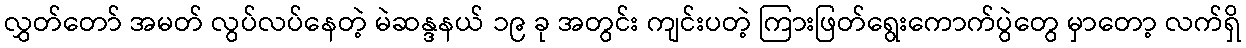
လွှတ်တော် အမတ် လွပ်လပ်နေတဲ့ မဲဆန္ဒနယ် ၁၉ ခု အတွင်း ကျင်းပတဲ့ ကြားဖြတ်ရွေးကောက်ပွဲတွေ မှာတော့ လက်ရှိ